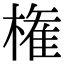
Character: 権